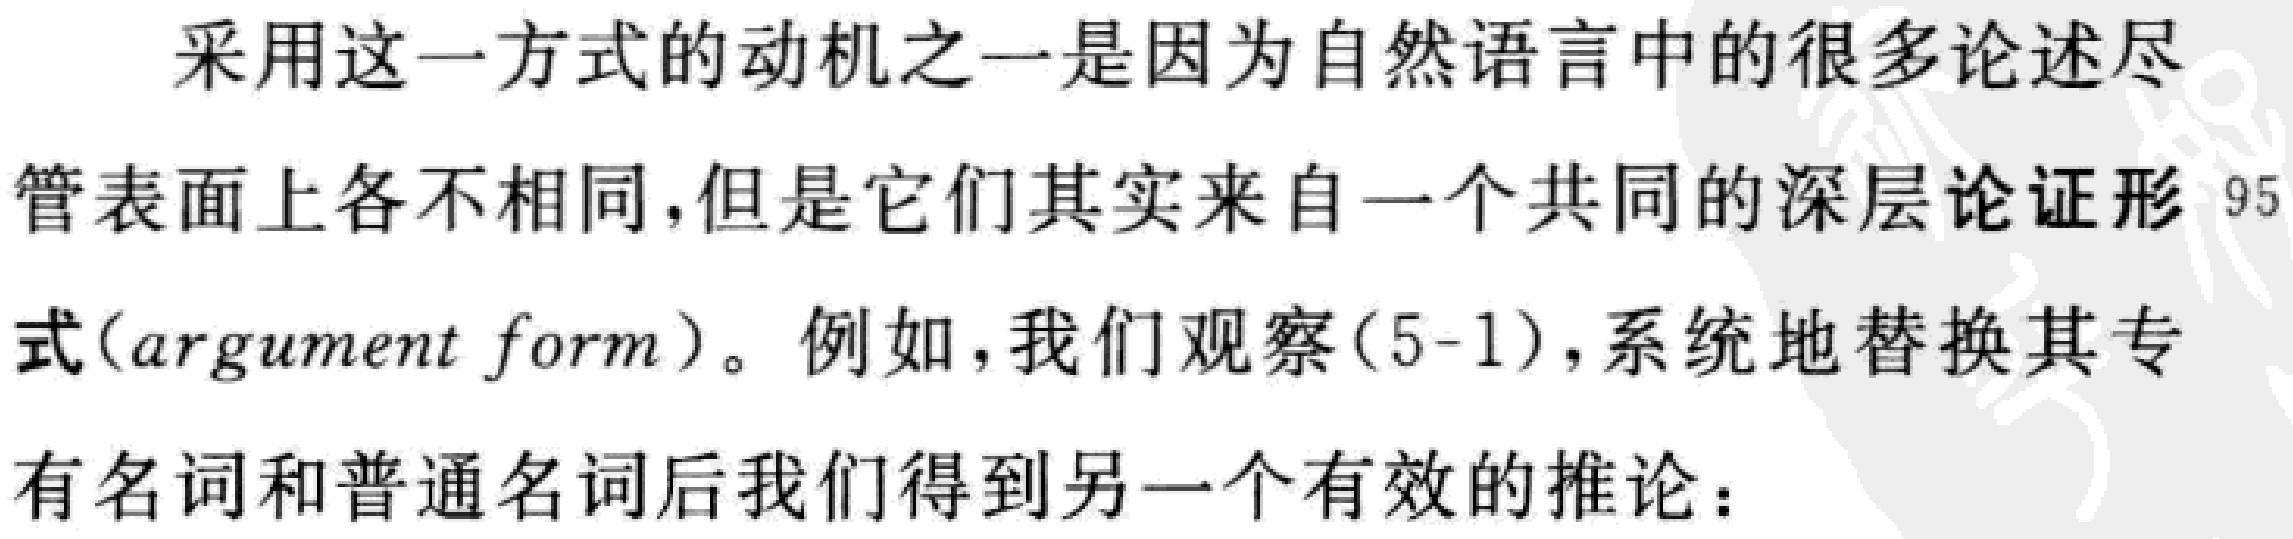
采用这一方式的动机之一是因为自然语言中的很多论述尽管表面上各不相同，但是它们其实来自一个共同的深层论证形式(argument form)。例如，我们观察(5-1)，系统地替换其专有名词和普通名词后我们得到另一个有效的推论：